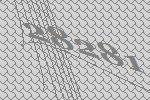
28281